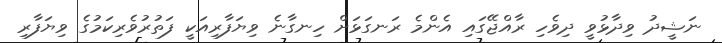
ނަޝީދު ވިދާޅުވީ ދިވެހި ރާއްޖޭގައި އެންމެ ރަނގަޅަށް ހިނގާނެ ވިޔަފާރިއަކީ ފަތުރުވެރިކަމުގެ ވިޔަފާރި